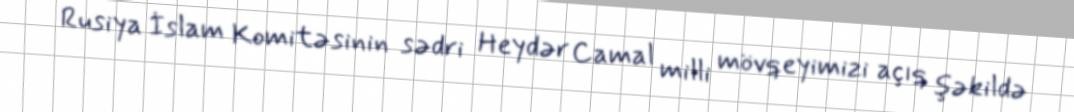
Rusiya İslam Komitəsinin sədri Heydər Camal milli mövqeyimizi açıq şəkildə